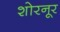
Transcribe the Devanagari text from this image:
शोरनूर